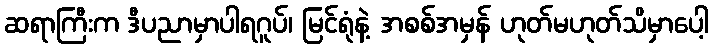
ဆရာကြီးက ဒီပညာမှာပါရဂူပ်၊ မြင်ရုံနဲ့ အစစ်အမှန် ဟုတ်မဟုတ်သိမှာပေါ့